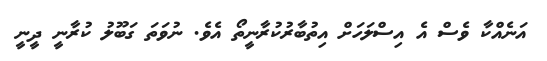
އަނެއްކާ ވެސް އެ އިސްލަހަށް އިތުބާރުކުރާނީތޯ އެވެ. ނުވަތަ ގަބޫލު ކުރާނީ ދީނީ